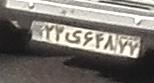
۲۳ی۶۴۸۷۷